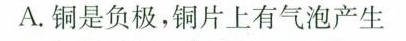
A.铜是负极，铜片上有气泡产生